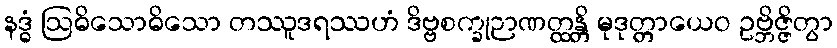
နဒ္ဓံ ဩဓိသောဓိသော တဿူဒရဿဟံ ဒိဗ္ဗစက္ခုဉာဏတ္ထန္တိ မုဒုတ္တာယေဝ ဥဗ္ဘိဇ္ဇိတွာ